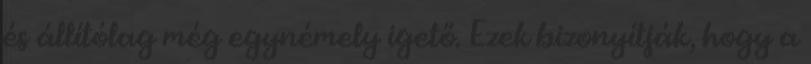
és állítólag még egynémely igető. Ezek bizonyítják, hogy a